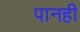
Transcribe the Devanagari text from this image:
पानही